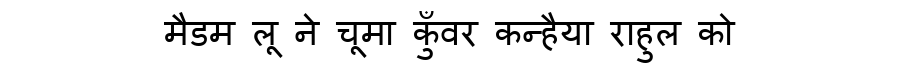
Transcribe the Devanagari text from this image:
मैडम लू ने चूमा कुँवर कन्हैया राहुल को